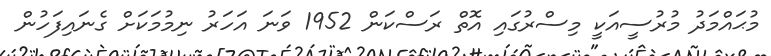
މުޙައްމަދު މުރުސީއަކީ މިސްރުގައި އޮތް ރަސްކަން 1952 ވަނަ އަހަރު ނިމުމަކަށް ގެނައިފަހުން